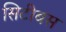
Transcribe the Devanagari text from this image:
सिटीबस